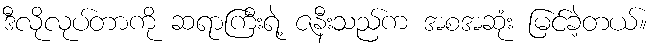
ဒီလိုလုပ်တာကို ဆရာကြီးရဲ့ ဇနီးသည်က အစအဆုံး မြင်ခဲ့တယ်။